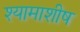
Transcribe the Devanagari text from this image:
श्यामाशीष